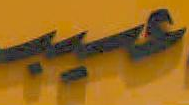
عيد